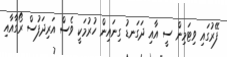
ފޭރުގައި ވިޓަމިން ސީ އާއި ދަގަނޑު ގިނައިން ހުރުމަކީ ވެސް އަރިދަފުސް ރޯގާއާއި